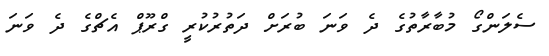
ސެލަންގޯ މުބާރާތުގެ ދެ ވަނަ ބުރަށް ދަތުރުކުރީ ގްރޫޕް އެޗްގެ ދެ ވަނަ